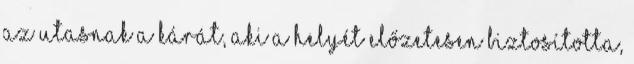
az utasnak a kárát, aki a helyét előzetesen biztosította,